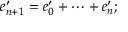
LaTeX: e _ { n + 1 } ^ { \prime } = e _ { 0 } ^ { \prime } + \dots + e _ { n } ^ { \prime } ;